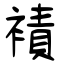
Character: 襀